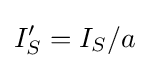
I_{S}^{\prime }=I_{S}/a